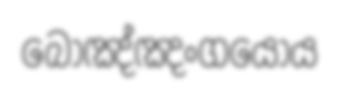
බොඤ්ඤංගයෝය